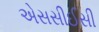
એસસીઈસી